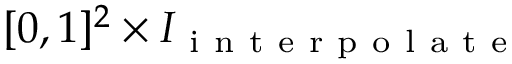
[ 0 , 1 ] ^ { 2 } \times I _ { \mathrm { ~ i ~ n ~ t ~ e ~ r ~ p ~ o ~ l ~ a ~ t ~ e ~ } }